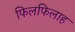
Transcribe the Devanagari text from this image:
फिलफिलाह